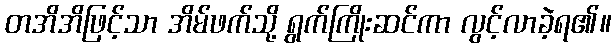
တအိအိဖြင့်သာ အိမ်ဖက်သို့ ရွက်ကြိုးဆင်ကာ လွင့်လာခဲ့ရ၏။